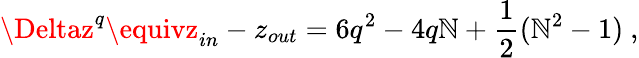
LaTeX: \Deltaz^{q}\equivz_{in}-z_{out}=6q^{2}-4q\mathbb{N}+{\frac{{1}}{{2}}}(\mathbb{N}^{2}-1)\ ,